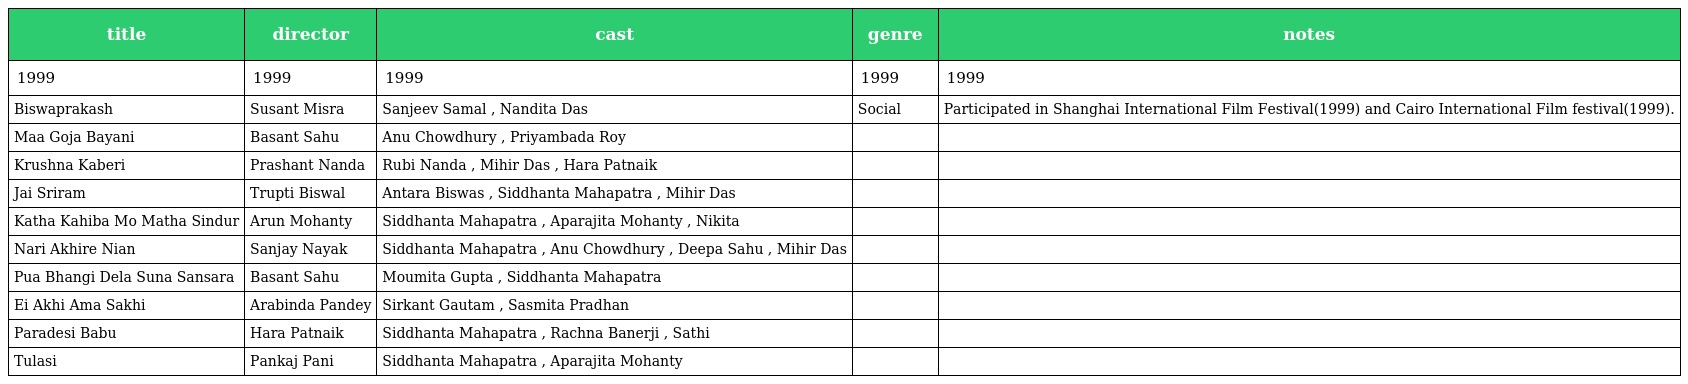
| title | director | cast | genre | notes |
 | --- | --- | --- | --- | --- |
 | 1999 | 1999 | 1999 | 1999 | 1999 |
 | Biswaprakash | Susant Misra | Sanjeev Samal , Nandita Das | Social | Participated in Shanghai International Film Festival(1999) and Cairo International Film festival(1999). |
 | Maa Goja Bayani | Basant Sahu | Anu Chowdhury , Priyambada Roy |  |  |
 | Krushna Kaberi | Prashant Nanda | Rubi Nanda , Mihir Das , Hara Patnaik |  |  |
 | Jai Sriram | Trupti Biswal | Antara Biswas , Siddhanta Mahapatra , Mihir Das |  |  |
 | Katha Kahiba Mo Matha Sindur | Arun Mohanty | Siddhanta Mahapatra , Aparajita Mohanty , Nikita |  |  |
 | Nari Akhire Nian | Sanjay Nayak | Siddhanta Mahapatra , Anu Chowdhury , Deepa Sahu , Mihir Das |  |  |
 | Pua Bhangi Dela Suna Sansara | Basant Sahu | Moumita Gupta , Siddhanta Mahapatra |  |  |
 | Ei Akhi Ama Sakhi | Arabinda Pandey | Sirkant Gautam , Sasmita Pradhan |  |  |
 | Paradesi Babu | Hara Patnaik | Siddhanta Mahapatra , Rachna Banerji , Sathi |  |  |
 | Tulasi | Pankaj Pani | Siddhanta Mahapatra , Aparajita Mohanty |  |  |